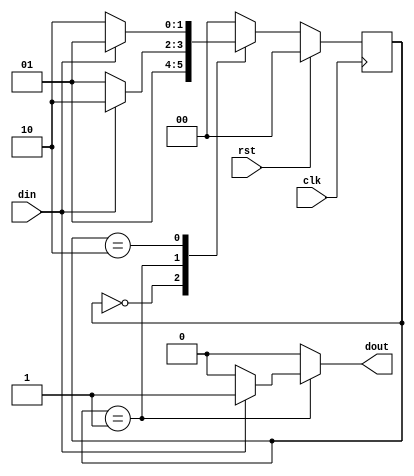
`timescale 1ns / 1ps
//////////////////////////////////////////////////////////////////////////////////
// Company: 
// Engineer: 
// 
// Design Name: 
// Module Name: mealy_FSM_3_process
// Project Name: 
// Target Devices: 
// Tool Versions: 
// Description: 
// 
// Dependencies: 
// 
// Revision:
// Revision 0.01 - File Created
// Additional Comments:
// 
//////////////////////////////////////////////////////////////////////////////////


module mealy_FSM_3_process(
    input clk,
    input rst,
    input din,
    output reg dout
    );
    
    parameter idle=0;
    parameter s0=1;
    parameter s1=2;
    
    reg [1:0] state=idle,nstate=idle;
    ////////////Reset logic/////////
    always@(posedge clk)
    begin
    if(rst==1'b1)   state<=idle;
    else            state<=nstate;
    end

    ///////////Output Decoder.....
    always@(state,din)
    begin
    case(state)
    idle: dout=1'b0;
    s0: begin
        if(din==1'b1) dout=1'b1;
        else          dout=1'b0;
        end
    s1: begin
        if(din==1'b1) dout=1'b0; 
        else          dout=1'b0;
        end
    default: dout=1'b0;
    endcase
    end
    
    /////////Next state decoder////////
    
    always@(state,din)
    begin
    case(state)
    idle: begin
          if(rst==1'b1) nstate=idle;
          else          nstate=s0;
          end
    s0:   begin
          if(din==1'b1) nstate=s1;
          else          nstate=s0;
          end
    s1:   begin
          if(din==1'b1) nstate=s0;
          else          nstate=s1;
          end
    default: nstate=idle;
    endcase
    end
endmodule